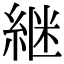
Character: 継